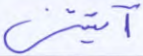
آتيتني